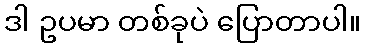
ဒါ ဥပမာ တစ်ခုပဲ ပြောတာပါ။